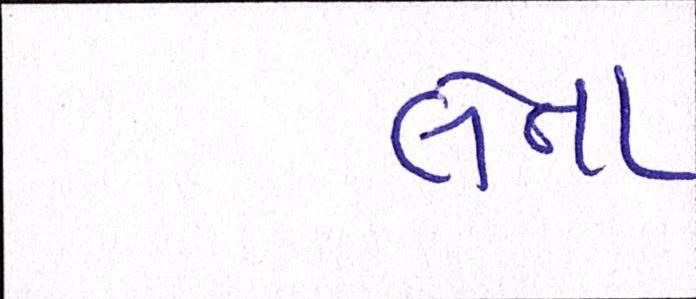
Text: લેતા